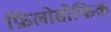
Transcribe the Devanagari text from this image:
फ़िलोसोफिक